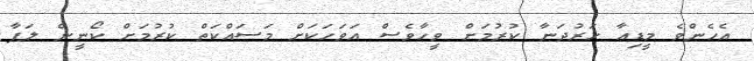
އެހެންވެ މީޑިއާ ހަރުދަނާ ކުރުމަށް ވީހާވެސް އަވަހަކަށް މަސައްކަތް ކުރުމަށް ކޯނީން ލަފާ